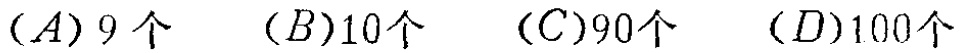
$(A)9\text{ 个}\quad (B)10\text{ 个}\quad (C)90\text{ 个}\quad (D)100\text{ 个}$